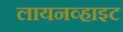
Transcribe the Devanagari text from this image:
लायनव्हाइट